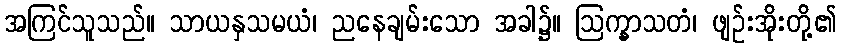
အကြင်သူသည်။ သာယနှသမယံ၊ ညနေချမ်းသော အခါ၌။ ဩက္ခာသတံ၊ ဖျဉ်းအိုးတို့၏